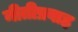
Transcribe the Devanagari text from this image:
नीतीप्रवाह